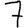
Digit: 7